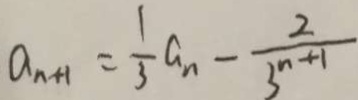
a _ { n + 1 } = \frac { 1 } { 3 } a _ { n } - \frac { 2 } { 3 ^ { n + 1 } }